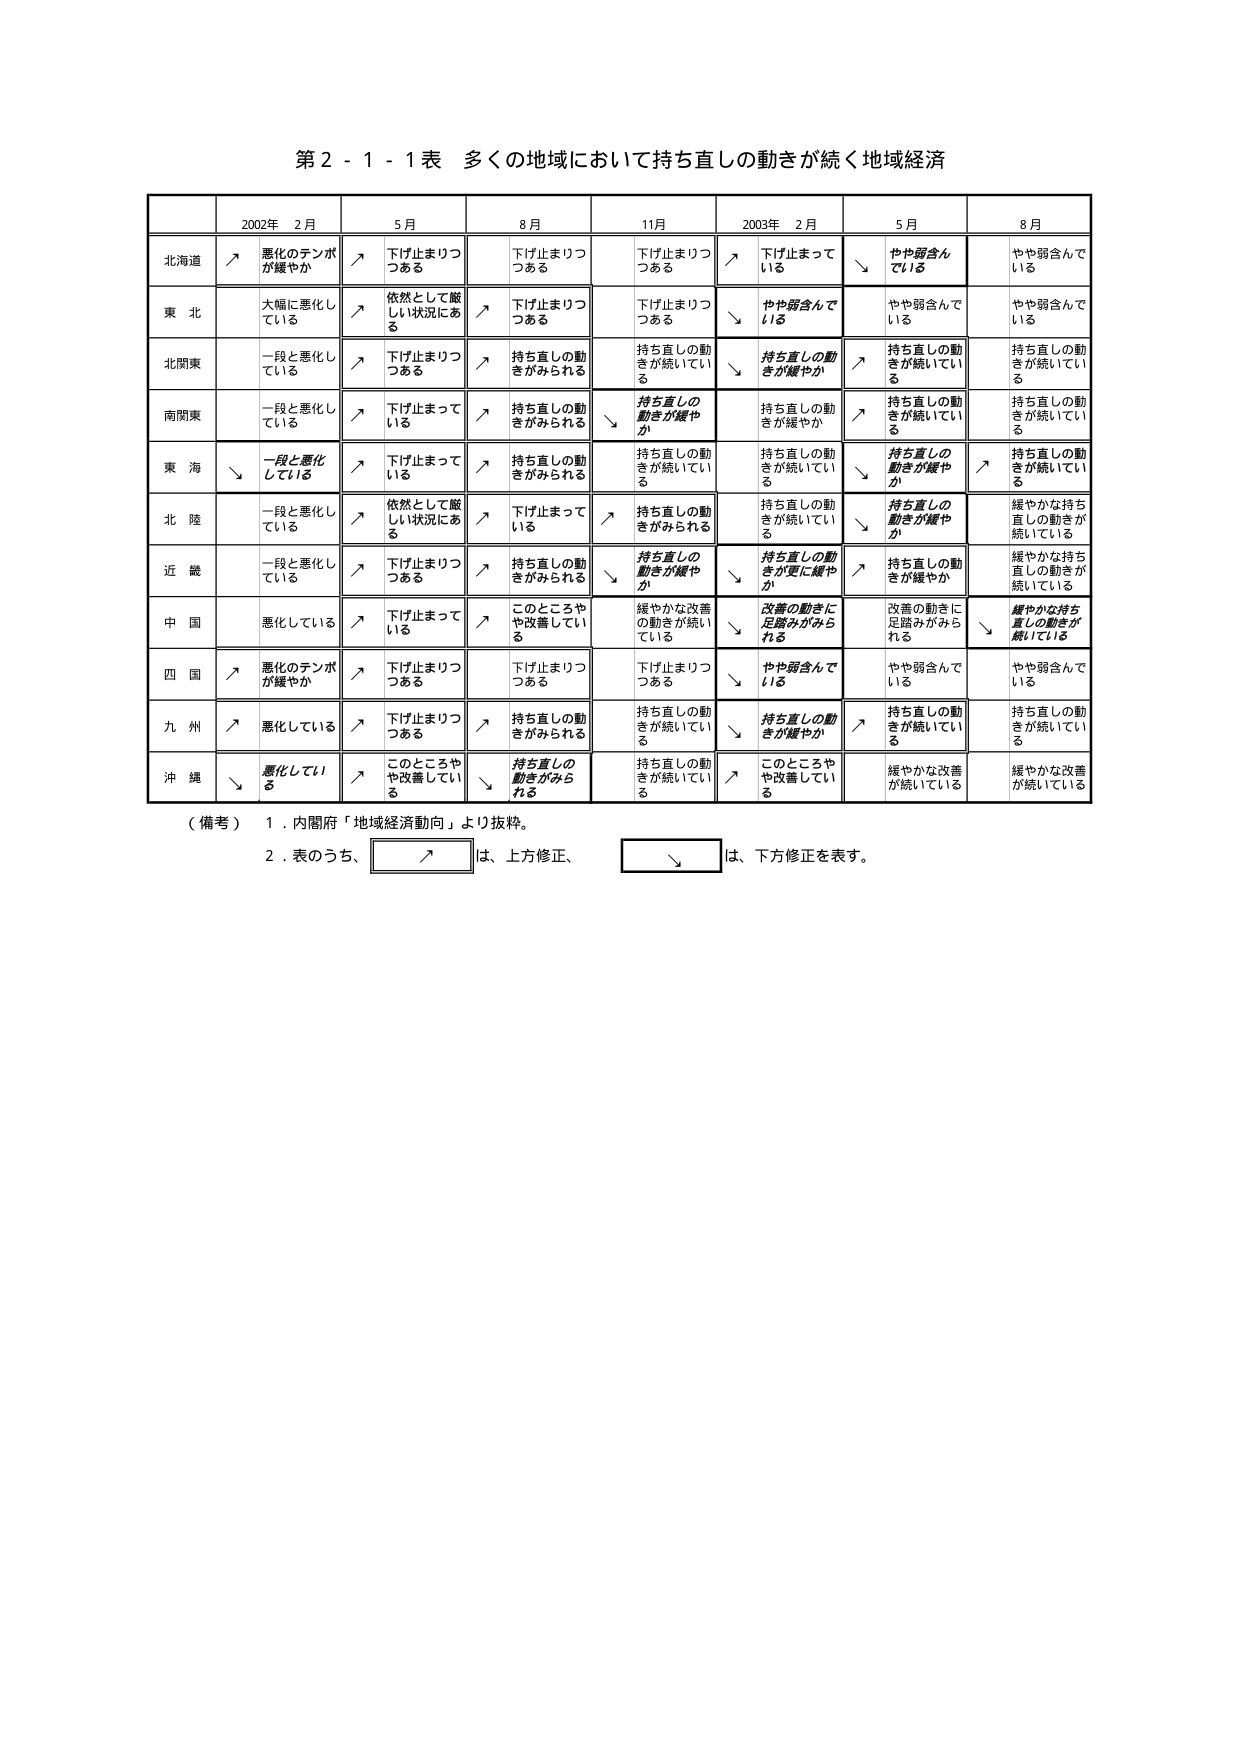
第２－１－１表 多くの地域において持ち直しの動きが続く地域経済

2002年 2月 5月 8月 11月 2003年 2月 5月 8月

北海道 ↗ 悪化のテンポが緩やか ↗ 下げ止まりつつある 下げ止まりつつある 下げ止まりつつある ↗ 下げ止まって いる ↘ やや弱含んでいる やや弱含んでいる

東 北 大幅に悪化している ↗ 依然として厳しい状況にある ↗ 下げ止まりつつある 下げ止まりつつある ↘ やや弱含んでいる やや弱含んでいる やや弱含んでいる

北関東 一段と悪化している ↗ 下げ止まりつつある ↗ 持ち直しの動きがみられる 持ち直しの動きが続いている ↘ 持ち直しの動きが緩やか ↗ 持ち直しの動きが続いている 持ち直しの動きが続いている

南関東 一段と悪化している ↗ 下げ止まっている ↗ 持ち直しの動きがみられる ↘ 持ち直しの動きが緩やか 持ち直しの動きが緩やか ↗ 持ち直しの動きが続いている 持ち直しの動きが続いている

東 海 ↘ 一段と悪化している ↗ 下げ止まっている ↗ 持ち直しの動きがみられる 持ち直しの動きが続いている 持ち直しの動きが続いている ↘ 持ち直しの動きが緩やか ↗ 持ち直しの動きが続いている

北 陸 一段と悪化している ↗ 依然として厳しい状況にある ↗ 下げ止まっている ↗ 持ち直しの動きがみられる 持ち直しの動きが続いている ↘ 持ち直しの動きが緩やか 緩やかな持ち直しの動きが続いている

近 畿 一段と悪化している ↗ 下げ止まりつつある ↗ 持ち直しの動きがみられる ↘ 持ち直しの動きが緩やか ↘ 持ち直しの動きが更に緩やか ↗ 持ち直しの動きが緩やか 緩やかな持ち直しの動きが続いている

中 国 悪化している ↗ 下げ止まっている ↗ このところやや改善している 緩やかな改善の動きが続いている ↘ 改善の動きに足踏みがみられる 改善の動きに足踏みがみられる ↘ 緩やかな持ち直しの動きが続いている

四 国 ↗ 悪化のテンポが緩やか ↗ 下げ止まりつつある 下げ止まりつつある 下げ止まりつつある ↘ やや弱含んでいる やや弱含んでいる やや弱含んでいる

九 州 ↗ 悪化している ↗ 下げ止まりつつある ↗ 持ち直しの動きがみられる 持ち直しの動きが続いている ↘ 持ち直しの動きが緩やか ↗ 持ち直しの動きが続いている 持ち直しの動きが続いている

沖 縄 ↘ 悪化している ↗ このところやや改善している ↘ 持ち直しの動きがみられる 持ち直しの動きが続いている ↗ このところやや改善している 緩やかな改善が続いている 緩やかな改善が続いている

（備考） １．内閣府「地域経済動向」より抜粋。
　　　　２．表のうち、↗ は、上方修正、↘ は、下方修正を表す。